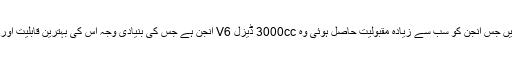
آمروک میں جس انجن کو سب سے زیادہ مقبولیت حاصل ہوئی وہ 3000cc ڈیزل V6 انجن ہے جس کی بنیادی وجہ اس کی بہترین قابلیت اور قوت ہے۔